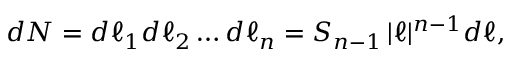
d N = d \ell _ { 1 } d \ell _ { 2 } \dots d \ell _ { n } = S _ { n - 1 } \, | \ell | ^ { n - 1 } d \ell ,